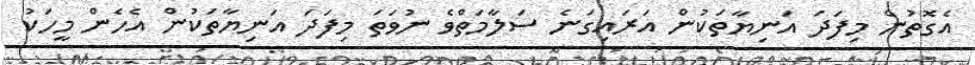
އެގޮތުން މިފަދަ އަނިޔާތަކުން އަރައިގަނެ ސަލާމަތްވެ ނުވަތަ މިފަދަ އަނިޔާތަކުން އެހެން މީހަކު